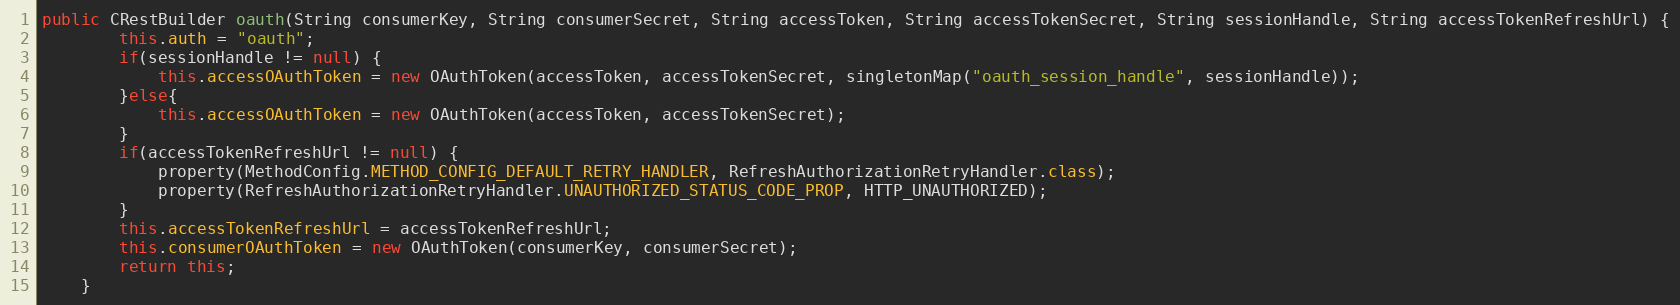
Language: Java
public CRestBuilder oauth(String consumerKey, String consumerSecret, String accessToken, String accessTokenSecret, String sessionHandle, String accessTokenRefreshUrl) {
        this.auth = "oauth";
        if(sessionHandle != null) {
            this.accessOAuthToken = new OAuthToken(accessToken, accessTokenSecret, singletonMap("oauth_session_handle", sessionHandle));
        }else{
            this.accessOAuthToken = new OAuthToken(accessToken, accessTokenSecret);
        }
        if(accessTokenRefreshUrl != null) {
            property(MethodConfig.METHOD_CONFIG_DEFAULT_RETRY_HANDLER, RefreshAuthorizationRetryHandler.class);
            property(RefreshAuthorizationRetryHandler.UNAUTHORIZED_STATUS_CODE_PROP, HTTP_UNAUTHORIZED);
        }
        this.accessTokenRefreshUrl = accessTokenRefreshUrl;
        this.consumerOAuthToken = new OAuthToken(consumerKey, consumerSecret);
        return this;
    }